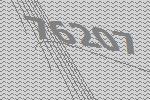
76207